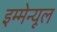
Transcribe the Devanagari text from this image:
इम्मेन्यूल